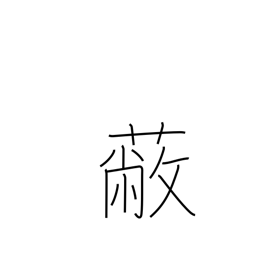
Meaning: be ruined